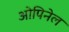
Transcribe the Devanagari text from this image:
ओपिनेल